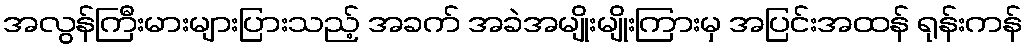
အလွန်ကြီးမားများပြားသည့် အခက် အခဲအမျိုးမျိုးကြားမှ အပြင်းအထန် ရုန်းကန်